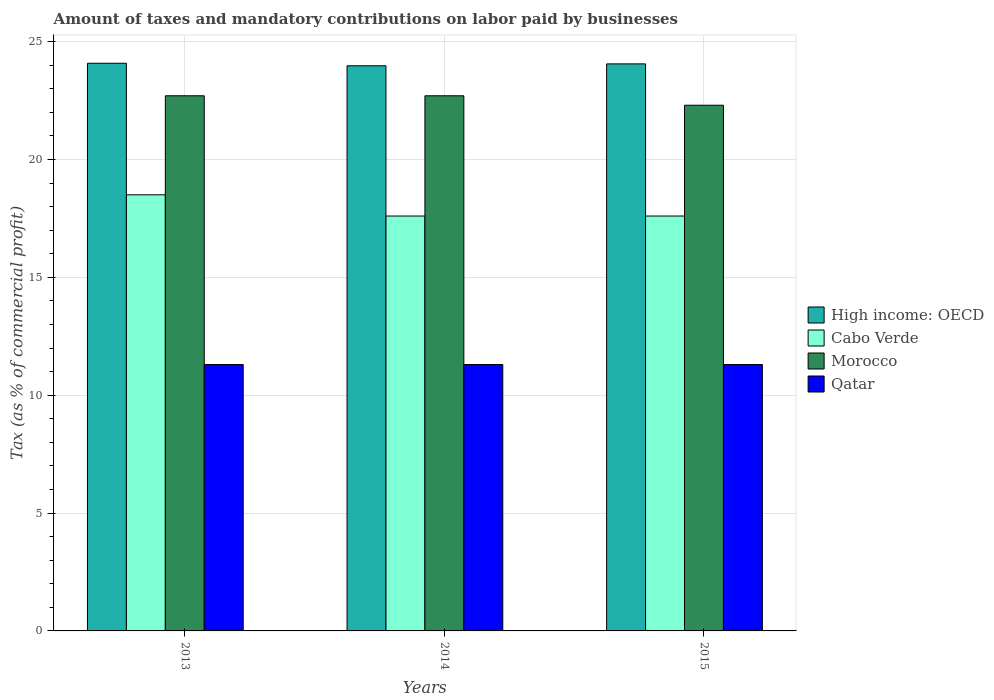
| Years | High income: OECD | Cabo Verde | Morocco | Qatar |
 | --- | --- | --- | --- | --- |
 | 2013 | 24.1 | 18.5 | 22.7 | 11.3 |
 | 2014 | 24 | 17.6 | 22.7 | 11.3 |
 | 2015 | 24.1 | 17.6 | 22.3 | 11.3 |